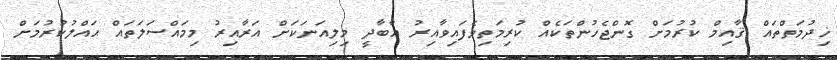
ޚިދުމަތްތައް ޤާއިމް ކުރުމަށް ގޮންޖެހުންތަކެއް ކުރިމަތިވެފައިވާއިރު އާބާދީ މިލިއަނަކަށް އަރާއިރު މިމައްސަލަތައް ޙައްލުކުރުމަށް